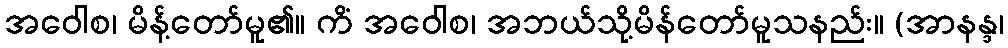
အဝေါစ၊ မိန့်တော်မူ၏။ ကိံ အဝေါစ၊ အဘယ်သို့မိန်တော်မူသနည်း။ (အာနန္ဒ၊